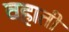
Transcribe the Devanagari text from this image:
वहाती